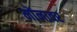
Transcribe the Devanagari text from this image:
मोंनावर